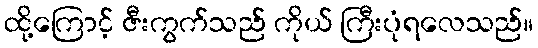
ထို့ကြောင့် ဇီးကွက်သည် ကိုယ် ကြီးပုံရလေသည်။